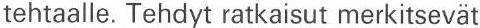
tehtaalle. Tehdyt ratkaisut merkitsevät